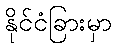
နိုင်ငံခြားမှာ